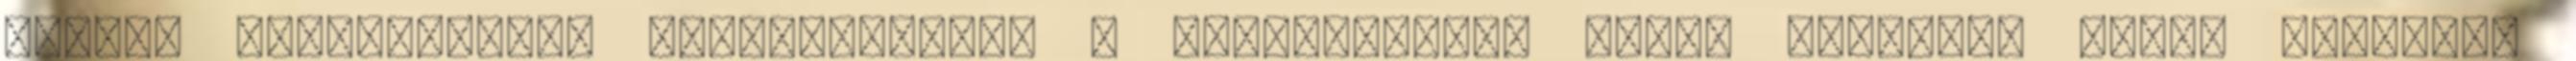
szálai valószínûleg kidudorodnak, d tömlõborítás olyan borítás, amely teljesen